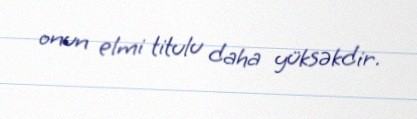
onun elmi titulu daha yüksəkdir.